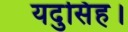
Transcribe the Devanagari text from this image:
यदुसिंह।